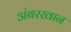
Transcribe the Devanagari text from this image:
अंबरखान